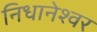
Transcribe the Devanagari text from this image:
निधानेश्वर